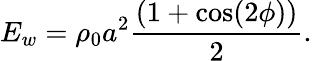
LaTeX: E_{w}=\rho_{0}a^{2}\frac{(1+\cos(2\phi))}{2}.